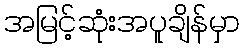
အမြင့်ဆုံးအပူချိန်မှာ